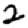
Digit: 2